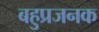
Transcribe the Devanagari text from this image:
बहुप्रजनक